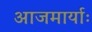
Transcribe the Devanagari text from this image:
आजमार्याः